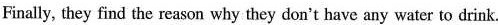
Finally, they find the reason why they don't have any water to drink.